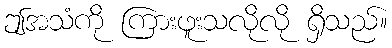
ဤအသံကို ကြားဖူးသလိုလို ရှိသည်။